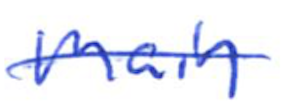
Text: main
Cross-out: single-line
Writing tool: ballpoint